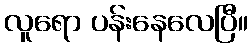
လူရော ပန်းနေလေပြီ။